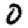
Digit: 0